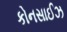
કોનસાઈઝ